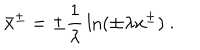
\bar { x } ^ { \pm } = \pm { \frac { 1 } { \lambda } } \ln ( \pm \lambda x ^ { \pm } ) \ .